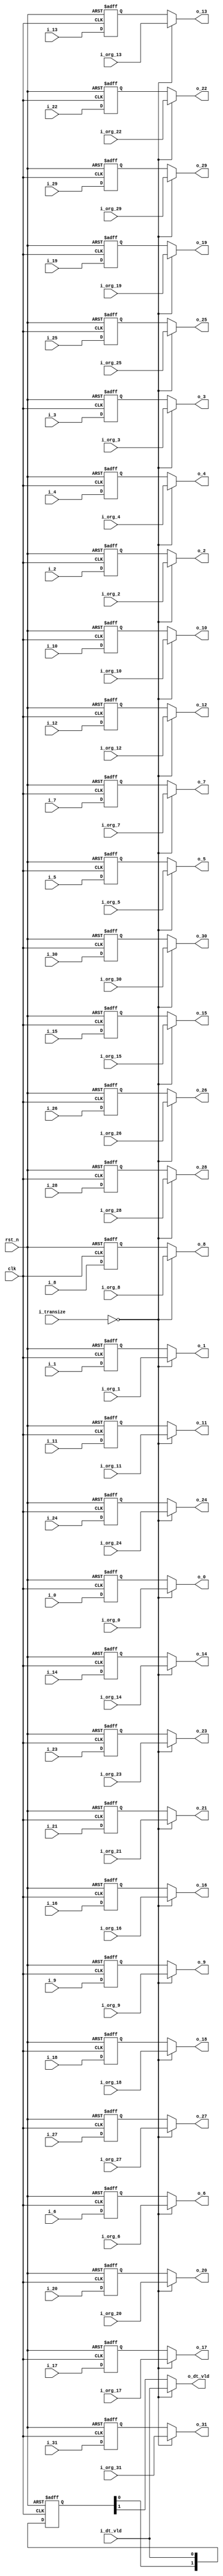
//company       : xm tech
//project name  : H265i
//top module    : dct_top_2d.v
//data          : 2018.01.22
//delay         : clk 
//describe      :
//modification  :
//v1.0          :
module be_delay(
	clk         ,
	rst_n       ,
	i_dt_vld    ,
	i_transize  ,
	i_0         ,	
	i_1         ,	
	i_2         ,	
	i_3         ,	
	i_4         ,	
	i_5         ,	
	i_6         ,	
	i_7         ,	
	i_8         ,	
	i_9         ,	
	i_10        ,	
	i_11        ,	
	i_12        ,	
	i_13        ,	
	i_14        ,	
	i_15        ,	
	i_16        ,	
	i_17        ,	
	i_18        ,	
	i_19        ,	
	i_20        ,	
	i_21        ,	
	i_22        ,	
	i_23        ,	
	i_24        ,	
	i_25        ,	
	i_26        ,	
	i_27        ,	
	i_28        ,	
	i_29        ,	
	i_30        ,	
	i_31        ,
	i_org_0     ,	
	i_org_1     ,	
	i_org_2     ,	
	i_org_3     ,	
	i_org_4     ,	
	i_org_5     ,	
	i_org_6     ,	
	i_org_7     ,	
	i_org_8     ,	
	i_org_9     ,	
	i_org_10    ,	
	i_org_11    ,	
	i_org_12    ,	
	i_org_13    ,	
	i_org_14    ,	
	i_org_15    ,	
	i_org_16    ,	
	i_org_17    ,	
	i_org_18    ,	
	i_org_19    ,	
	i_org_20    ,	
	i_org_21    ,	
	i_org_22    ,	
	i_org_23    ,	
	i_org_24    ,	
	i_org_25    ,	
	i_org_26    ,	
	i_org_27    ,	
	i_org_28    ,	
	i_org_29    ,	
	i_org_30    ,	
	i_org_31    ,
//------------------------
	o_dt_vld    ,	
	o_0         ,	
	o_1         ,	
	o_2         ,	
	o_3         ,	
	o_4         ,	
	o_5         ,	
	o_6         ,	
	o_7         ,	
	o_8         ,	
	o_9         ,	
	o_10        ,	
	o_11        ,	
	o_12        ,	
	o_13        ,	
	o_14        ,	
	o_15        ,	
	o_16        ,	
	o_17        ,	
	o_18        ,	
	o_19        ,	
	o_20        ,	
	o_21        ,	
	o_22        ,	
	o_23        ,	
	o_24        ,	
	o_25        ,	
	o_26        ,	
	o_27        ,
	o_28        ,	
	o_29        ,	
	o_30        ,	
	o_31        	
);
input           clk         ;
input           rst_n       ;
input           i_dt_vld    ;
input [1 : 0]   i_transize  ;
input [27:0]	i_0         ;	
input [27:0]	i_1         ;	
input [27:0]	i_2         ;	
input [27:0]	i_3         ;	
input [27:0]	i_4         ;	
input [27:0]	i_5         ;	
input [27:0]	i_6         ;	
input [27:0]	i_7         ;	
input [27:0]	i_8         ;	
input [27:0]	i_9         ;	
input [27:0]	i_10        ;	
input [27:0]	i_11        ;	
input [27:0]	i_12        ;	
input [27:0]	i_13        ;	
input [27:0]	i_14        ;	
input [27:0]	i_15        ;	
input [27:0]	i_16        ;	
input [27:0]	i_17        ;	
input [27:0]	i_18        ;	
input [27:0]	i_19        ;	
input [27:0]	i_20        ;	
input [27:0]	i_21        ;	
input [27:0]	i_22        ;	
input [27:0]	i_23        ;	
input [27:0]	i_24        ;	
input [27:0]	i_25        ;	
input [27:0]	i_26        ;	
input [27:0]	i_27        ;	
input [27:0]	i_28        ;	
input [27:0]	i_29        ;	
input [27:0]	i_30        ;	
input [27:0]	i_31        ;
	
input [27:0]	i_org_0     ;	
input [27:0]	i_org_1     ;	
input [27:0]	i_org_2     ;	
input [27:0]	i_org_3     ;	
input [27:0]	i_org_4     ;	
input [27:0]	i_org_5     ;	
input [27:0]	i_org_6     ;	
input [27:0]	i_org_7     ;	
input [27:0]	i_org_8     ;	
input [27:0]	i_org_9     ;	
input [27:0]	i_org_10    ;	
input [27:0]	i_org_11    ;	
input [27:0]	i_org_12    ;	
input [27:0]	i_org_13    ;	
input [27:0]	i_org_14    ;	
input [27:0]	i_org_15    ;	
input [27:0]	i_org_16    ;	
input [27:0]	i_org_17    ;	
input [27:0]	i_org_18    ;	
input [27:0]	i_org_19    ;	
input [27:0]	i_org_20    ;	
input [27:0]	i_org_21    ;	
input [27:0]	i_org_22    ;	
input [27:0]	i_org_23    ;	
input [27:0]	i_org_24    ;	
input [27:0]	i_org_25    ;	
input [27:0]	i_org_26    ;	
input [27:0]	i_org_27    ;	
input [27:0]	i_org_28    ;	
input [27:0]	i_org_29    ;	
input [27:0]	i_org_30    ;	
input [27:0]	i_org_31    ;
//--------
output          o_dt_vld    ;
output [27:0]	o_0         ;	
output [27:0]	o_1         ;	
output [27:0]	o_2         ;	
output [27:0]	o_3         ;	
output [27:0]	o_4         ;	
output [27:0]	o_5         ;	
output [27:0]	o_6         ;	
output [27:0]	o_7         ;	
output [27:0]	o_8         ;	
output [27:0]	o_9         ;	
output [27:0]	o_10        ;	
output [27:0]	o_11        ;	
output [27:0]	o_12        ;	
output [27:0]	o_13        ;	
output [27:0]	o_14        ;	
output [27:0]	o_15        ;	
output [27:0]	o_16        ;	
output [27:0]	o_17        ;	
output [27:0]	o_18        ;	
output [27:0]	o_19        ;	
output [27:0]	o_20        ;	
output [27:0]	o_21        ;	
output [27:0]	o_22        ;	
output [27:0]	o_23        ;	
output [27:0]	o_24        ;	
output [27:0]	o_25        ;	
output [27:0]	o_26        ;	
output [27:0]	o_27        ;
output [27:0]	o_28        ;	
output [27:0]	o_29        ;	
output [27:0]	o_30        ;	
output [27:0]	o_31        ;	
//------------------------wire/reg-----------------//
wire            o_dt_vld    ;
reg     [27:0]	o_0         ;	
reg     [27:0]	o_1         ;	
reg     [27:0]	o_2         ;	
reg     [27:0]	o_3         ;	
reg     [27:0]	o_4         ;	
reg     [27:0]	o_5         ;	
reg     [27:0]	o_6         ;	
reg     [27:0]	o_7         ;	
reg     [27:0]	o_8         ;	
reg     [27:0]	o_9         ;	
reg     [27:0]	o_10        ;	
reg     [27:0]	o_11        ;	
reg     [27:0]	o_12        ;	
reg     [27:0]	o_13        ;	
reg     [27:0]	o_14        ;	
reg     [27:0]	o_15        ;	
reg     [27:0]	o_16        ;	
reg     [27:0]	o_17        ;	
reg     [27:0]	o_18        ;	
reg     [27:0]	o_19        ;	
reg     [27:0]	o_20        ;	
reg     [27:0]	o_21        ;	
reg     [27:0]	o_22        ;	
reg     [27:0]	o_23        ;	
reg     [27:0]	o_24        ;	
reg     [27:0]	o_25        ;	
reg     [27:0]	o_26        ;	
reg     [27:0]	o_27        ;
reg     [27:0]	o_28        ;	
reg     [27:0]	o_29        ;	
reg     [27:0]	o_30        ;	
reg     [27:0]	o_31        ;	


reg     [27:0]	i_0_d1         ;	
reg     [27:0]	i_1_d1         ;	
reg     [27:0]	i_2_d1         ;	
reg     [27:0]	i_3_d1         ;	
reg     [27:0]	i_4_d1         ;	
reg     [27:0]	i_5_d1         ;	
reg     [27:0]	i_6_d1         ;	
reg     [27:0]	i_7_d1         ;	
reg     [27:0]	i_8_d1         ;	
reg     [27:0]	i_9_d1         ;	
reg     [27:0]	i_10_d1        ;	
reg     [27:0]	i_11_d1        ;	
reg     [27:0]	i_12_d1        ;	
reg     [27:0]	i_13_d1        ;	
reg     [27:0]	i_14_d1        ;	
reg     [27:0]	i_15_d1        ;	
reg     [27:0]	i_16_d1        ;	
reg     [27:0]	i_17_d1        ;	
reg     [27:0]	i_18_d1        ;	
reg     [27:0]	i_19_d1        ;	
reg     [27:0]	i_20_d1        ;	
reg     [27:0]	i_21_d1        ;	
reg     [27:0]	i_22_d1        ;	
reg     [27:0]	i_23_d1        ;	
reg     [27:0]	i_24_d1        ;	
reg     [27:0]	i_25_d1        ;	
reg     [27:0]	i_26_d1        ;	
reg     [27:0]	i_27_d1        ;
reg     [27:0]	i_28_d1        ;	
reg     [27:0]	i_29_d1        ;	
reg     [27:0]	i_30_d1        ;	
reg     [27:0]	i_31_d1        ;	


reg     [1:0]   dt_vld_d    ;
//-----------------------------------------------//
always @(posedge clk or negedge rst_n)
begin
	if(!rst_n)
	begin
		i_0_d1 <= 28'd0;  
                i_1_d1 <= 28'd0;  
                i_2_d1 <= 28'd0;  
                i_3_d1 <= 28'd0;  
                i_4_d1 <= 28'd0;  
                i_5_d1 <= 28'd0;  
                i_6_d1 <= 28'd0;  
                i_7_d1 <= 28'd0;  
                i_8_d1 <= 28'd0;  
                i_9_d1 <= 28'd0;  
                i_10_d1<= 28'd0;  
                i_11_d1<= 28'd0;  
                i_12_d1<= 28'd0;  
                i_13_d1<= 28'd0;  
                i_14_d1<= 28'd0;  
                i_15_d1<= 28'd0;  
                i_16_d1<= 28'd0;  
                i_17_d1<= 28'd0;  
                i_18_d1<= 28'd0;  
                i_19_d1<= 28'd0;  
                i_20_d1<= 28'd0;  
                i_21_d1<= 28'd0;  
                i_22_d1<= 28'd0;  
                i_23_d1<= 28'd0;  
                i_24_d1<= 28'd0;  
                i_25_d1<= 28'd0;  
                i_26_d1<= 28'd0;  
                i_27_d1<= 28'd0;  
                i_28_d1<= 28'd0;  
                i_29_d1<= 28'd0;  
                i_30_d1<= 28'd0;  
                i_31_d1<= 28'd0;  
	end
	else
	begin
		i_0_d1 <= i_0 ;  
                i_1_d1 <= i_1 ;  
                i_2_d1 <= i_2 ;  
                i_3_d1 <= i_3 ;  
                i_4_d1 <= i_4 ;  
                i_5_d1 <= i_5 ;  
                i_6_d1 <= i_6 ;  
                i_7_d1 <= i_7 ;  
                i_8_d1 <= i_8 ;  
                i_9_d1 <= i_9 ;  
                i_10_d1<= i_10;  
                i_11_d1<= i_11;  
                i_12_d1<= i_12;  
                i_13_d1<= i_13;  
                i_14_d1<= i_14;  
                i_15_d1<= i_15;  
                i_16_d1<= i_16;  
                i_17_d1<= i_17;  
                i_18_d1<= i_18;  
                i_19_d1<= i_19;  
                i_20_d1<= i_20;  
                i_21_d1<= i_21;  
                i_22_d1<= i_22;  
                i_23_d1<= i_23;  
                i_24_d1<= i_24;  
                i_25_d1<= i_25;  
                i_26_d1<= i_26;  
                i_27_d1<= i_27;  
                i_28_d1<= i_28;  
                i_29_d1<= i_29;  
                i_30_d1<= i_30;  
                i_31_d1<= i_31;  
	end
end 

always @(*)
begin
	if(i_transize == 2'd0)
	begin
		o_0 = i_org_0 ;  
                o_1 = i_org_1 ;  
                o_2 = i_org_2 ;  
                o_3 = i_org_3 ;  
                o_4 = i_org_4 ;  
                o_5 = i_org_5 ;  
                o_6 = i_org_6 ;  
                o_7 = i_org_7 ;  
                o_8 = i_org_8 ;  
                o_9 = i_org_9 ;  
                o_10= i_org_10;  
                o_11= i_org_11;  
                o_12= i_org_12;  
                o_13= i_org_13;  
                o_14= i_org_14;  
                o_15= i_org_15;  
                o_16= i_org_16;  
                o_17= i_org_17;  
                o_18= i_org_18;  
                o_19= i_org_19;  
                o_20= i_org_20;  
                o_21= i_org_21;  
                o_22= i_org_22;  
                o_23= i_org_23;  
                o_24= i_org_24;  
                o_25= i_org_25;  
                o_26= i_org_26;  
                o_27= i_org_27;  
                o_28= i_org_28;  
                o_29= i_org_29;  
                o_30= i_org_30;  
                o_31= i_org_31;  
	end
	else
	begin
		o_0 = i_0_d1 ;  
                o_1 = i_1_d1 ;  
                o_2 = i_2_d1 ;  
                o_3 = i_3_d1 ;  
                o_4 = i_4_d1 ;  
                o_5 = i_5_d1 ;  
                o_6 = i_6_d1 ;  
                o_7 = i_7_d1 ;  
                o_8 = i_8_d1 ;  
                o_9 = i_9_d1 ;  
                o_10= i_10_d1;  
                o_11= i_11_d1;  
                o_12= i_12_d1;  
                o_13= i_13_d1;  
                o_14= i_14_d1;  
                o_15= i_15_d1;  
                o_16= i_16_d1;  
                o_17= i_17_d1;  
                o_18= i_18_d1;  
                o_19= i_19_d1;  
                o_20= i_20_d1;  
                o_21= i_21_d1;  
                o_22= i_22_d1;  
                o_23= i_23_d1;  
                o_24= i_24_d1;  
                o_25= i_25_d1;  
                o_26= i_26_d1;  
                o_27= i_27_d1;  
                o_28= i_28_d1;  
                o_29= i_29_d1;  
                o_30= i_30_d1;  
                o_31= i_31_d1;  
	end
end 
always @(posedge clk or negedge rst_n)
begin
	if(!rst_n)
		dt_vld_d <= 2'd0;
	else
		dt_vld_d <= {dt_vld_d[0],i_dt_vld};
end

assign o_dt_vld  = (i_transize == 2'd0)? i_dt_vld : dt_vld_d[1];


endmodule